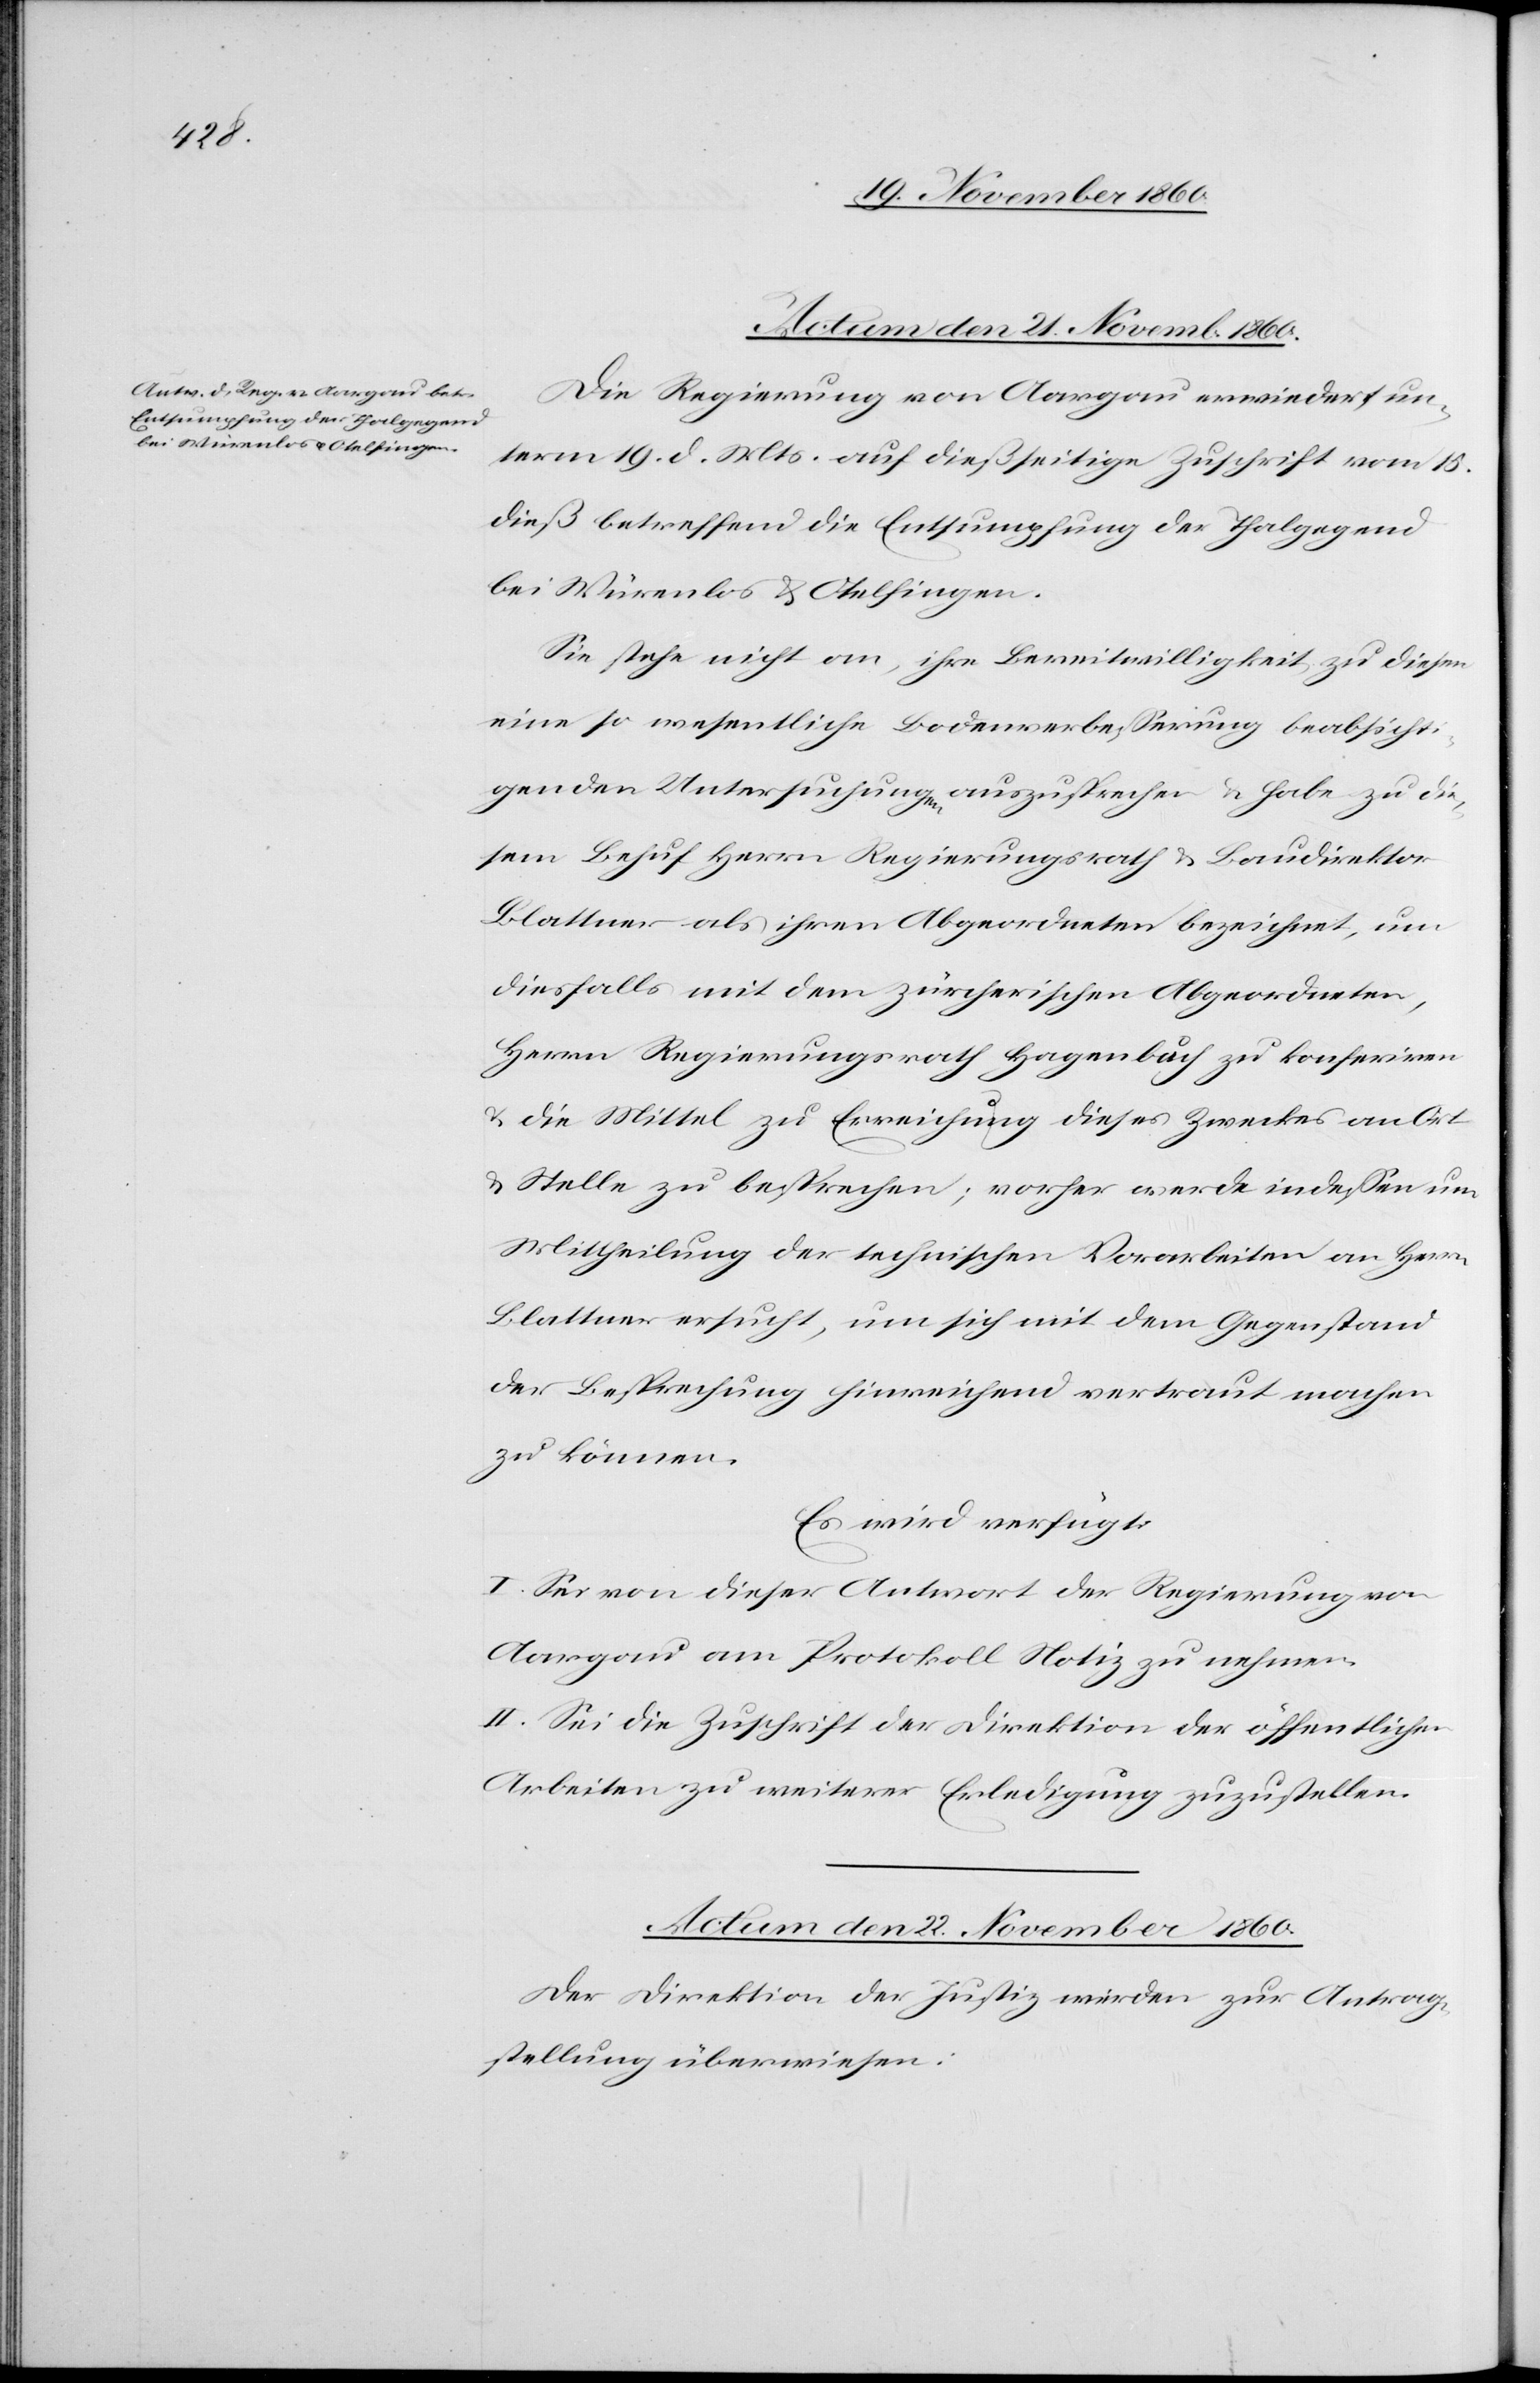
Die Regierung von Aargau erwiedert un¬
term 19. d. Mts. auf dießseitige Zuschrift vom 15.
dieß betreffend die Entsumpfung der Thalgegend
bei Würenlos u. Otelfingen.
Sie stehe nicht an, ihre Bereitwilligkeit zu diesem
eine so wesentliche Bodenverbesserung beabsichti¬
genden Untersuchungen auszusprechen u. habe zu die¬
sem Behuf Herrn Regierungsrath u. Baudirektor
Blattner als ihren Abgeordneten bezeichnet, um
diesfalls mit dem zürcherischen Abgeordneten,
Herrn Regierungsrath Hagenbuch zu konferiren
u. die Mittel zu Erreichung dieses Zweckes an Ort
u. Stelle zu besprechen; vorher werde indessen um
Mittheilung der technischen Vorarbeiten an Herrn
Blattner ersucht, um sich mit dem Gegenstand
der Besprechung hinreichend vertraut machen
zu können.
Es wird verfügt:
I. Sei von dieser Antwort der Regierung von
Aargau am Protokoll Notiz zu nehmen.
II. Sei die Zuschrift der Direktion der öffentlichen
Arbeiten zu weiterer Erledigung zuzustellen.
Actum den 22. November 1860.
Der Direktion der Justiz werden zur Antrag¬
stellung überwiesen: